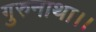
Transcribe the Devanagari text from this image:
गुरुनाथा।।